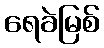
ရေခဲမြစ်